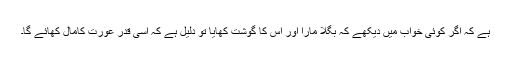
ہے کہ اگر کوئی خواب میں دیکھے کہ بگلا مارا اور اس کا گوشت کھایا تو دلیل ہے کہ اسی قدر عورت کامال کھائے گا۔